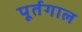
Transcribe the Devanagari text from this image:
पूर्तगाल